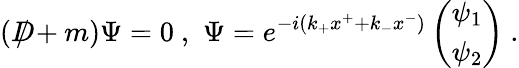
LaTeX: (D\! \! \! \! /+m)\Psi=0\ ,\, \, \Psi=e^{-i(k_{+}x^{+}+k_{-}x^{-})}\left(\begin{array}{l}{{\psi_{1}}}\\ {{\psi_{2}}}\end{array}\right)\ .